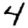
Digit: 4